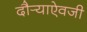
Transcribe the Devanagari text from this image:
दौर्‍याऐवजी